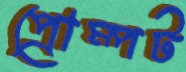
প্রোম্পট